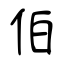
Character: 伯